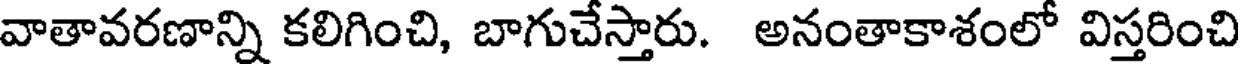
వాతావరణాన్ని కలిగించి, బాగుచేస్తారు. అనంతాకాశంలో విస్తరించి